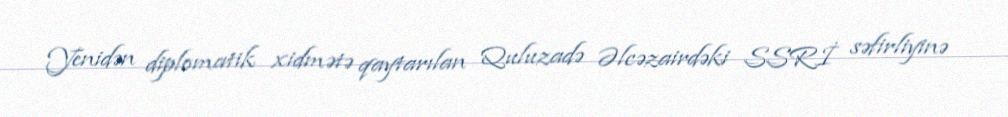
Yenidən diplomatik xidmətə qaytarılan Quluzadə Əlcəzairdəki SSRİ səfirliyinə